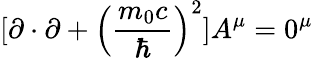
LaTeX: [\mathbf{\partial}\cdot\mathbf{\partial}+\left({\frac{m_{0}c}{\hbar}}\right)^{2}]A^{\mu}=0^{\mu}